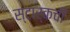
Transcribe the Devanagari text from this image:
स्टार्कची